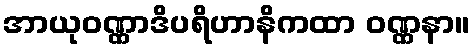
အာယုဝဏ္ဏာဒိပရိဟာနိကထာ ဝဏ္ဏနာ။